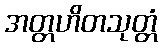
အတ္တဟိတသုတ္တံ